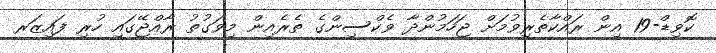
ކޮވިޑް-19 އިން ރައްކާތެރިވުމަށް ޖަހަމުންދާ ވެކްސިންގެ ތެރެއިން މިވަގުތު ރާއްޖޭގައި ހުރި ފައިޒަރ